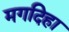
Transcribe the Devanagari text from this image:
मगदिहा